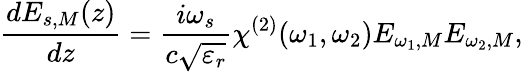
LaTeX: \frac{dE_{s,M}(z)}{dz}=\frac{i\omega_{s}}{c\sqrt{\varepsilon_{r}}}\chi^{(2)}(\omega_{1},\omega_{2})E_{\omega_{1},M}E_{\omega_{2},M},